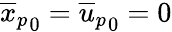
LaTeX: {\overline{{x}}_{p}}_{0}={\overline{{u}}_{p}}_{0}=0